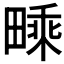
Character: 𤳁